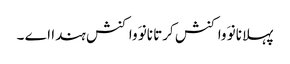
پہلا نانوَ واکنش کرتا نانوَ واکنش ہندا اے ۔